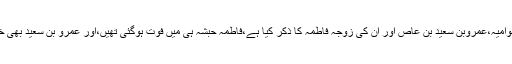
ابوجعفر نے باسنادہ یونس سے ،انہوں نے ابن اسحاق سے بہ سلسلۂ مہاجرین حبشہ از بنوامیہ،عمروبن سعید بن عاص اور ان کی زوجہ فاطمہ کا ذکر کیا ہے،فاطمہ حبشہ ہی میں فوت ہوگئی تھیں،اور عمرو بن سعید بھی خلافت ابوبکر میں،معرکۂ اجنادین میں مارے گئے تھے،ابوموسیٰ نے ان کا ذکر کیاہے۔